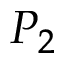
P _ { 2 }